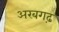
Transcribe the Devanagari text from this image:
अरबगढ़